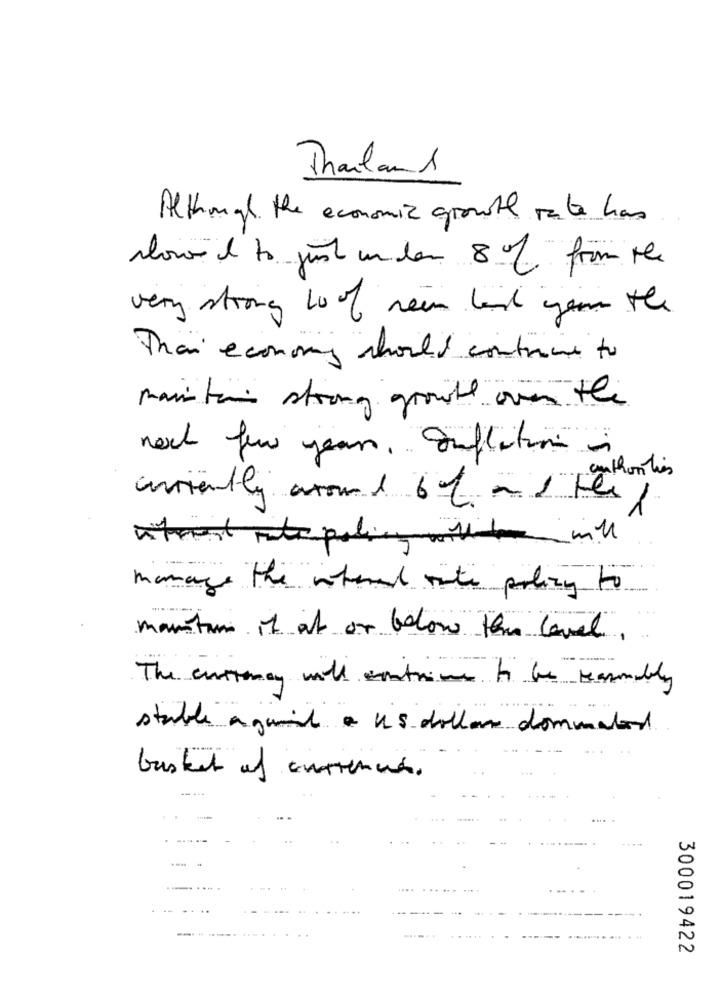
Thailand
Although the economic growth rate has
alowed to just un den 8 % from the
very strong lo of seen land your the
Thaï economy should containe to
main ta strong growth over the
next few years. Inflation
authorities
currently around 6% - 1 Fes /
manage the internal rate policy to
martin it at or below this level.
stable aguil a us dollar dominated
basket of currencies.
300019422